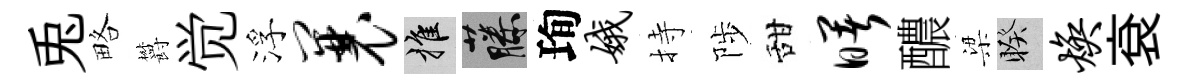
兎略欝觉浮曩推藤珣娥持陟甜曙醲梁睽焕袞